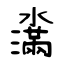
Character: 濷